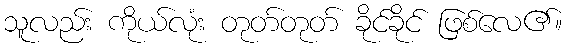
သူလည်း ကိုယ်လုံး တုတ်တုတ် ခိုင်ခိုင် ဖြစ်လေ၏။